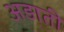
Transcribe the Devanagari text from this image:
अड़ाती